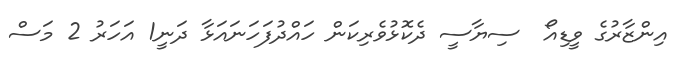
އިންޒާރުގެ ވީޑިއޯ  ސިޔާސީ ދެކޮޅުވެރިކަން ހައްދުފަހަނައަޅާ ދަނީ1 އަހަރު 2 މަސް